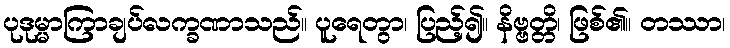
ပုဒုမ္မာကြာချပ်လက္ခဏာသည်။ ပူရေတွာ၊ ပြည့်၍။ နိဗ္ဗတ္တိ၊ ဖြစ်၏။ တဿာ၊